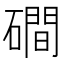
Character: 磵